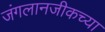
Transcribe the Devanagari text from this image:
जंगलानजीकच्या